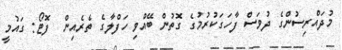
މުދައްރިސުންގެ ދުވަސް ފާހަގަކުރުމުގެ ގޮތުން ބޭއްވި ހަފްލާގެ ތެރެއިން  ފޮޓޯ: ގައުމީ